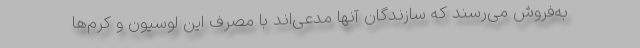
به‌فروش می‌رسند که سازندگان آنها مدعی‌اند با مصرف این لوسیون و کرم‌ها